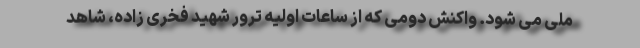
ملی می شود. واکنش دومی که از ساعات اولیه ترور شهید فخری زاده، شاهد